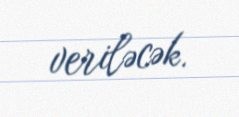
veriləcək.